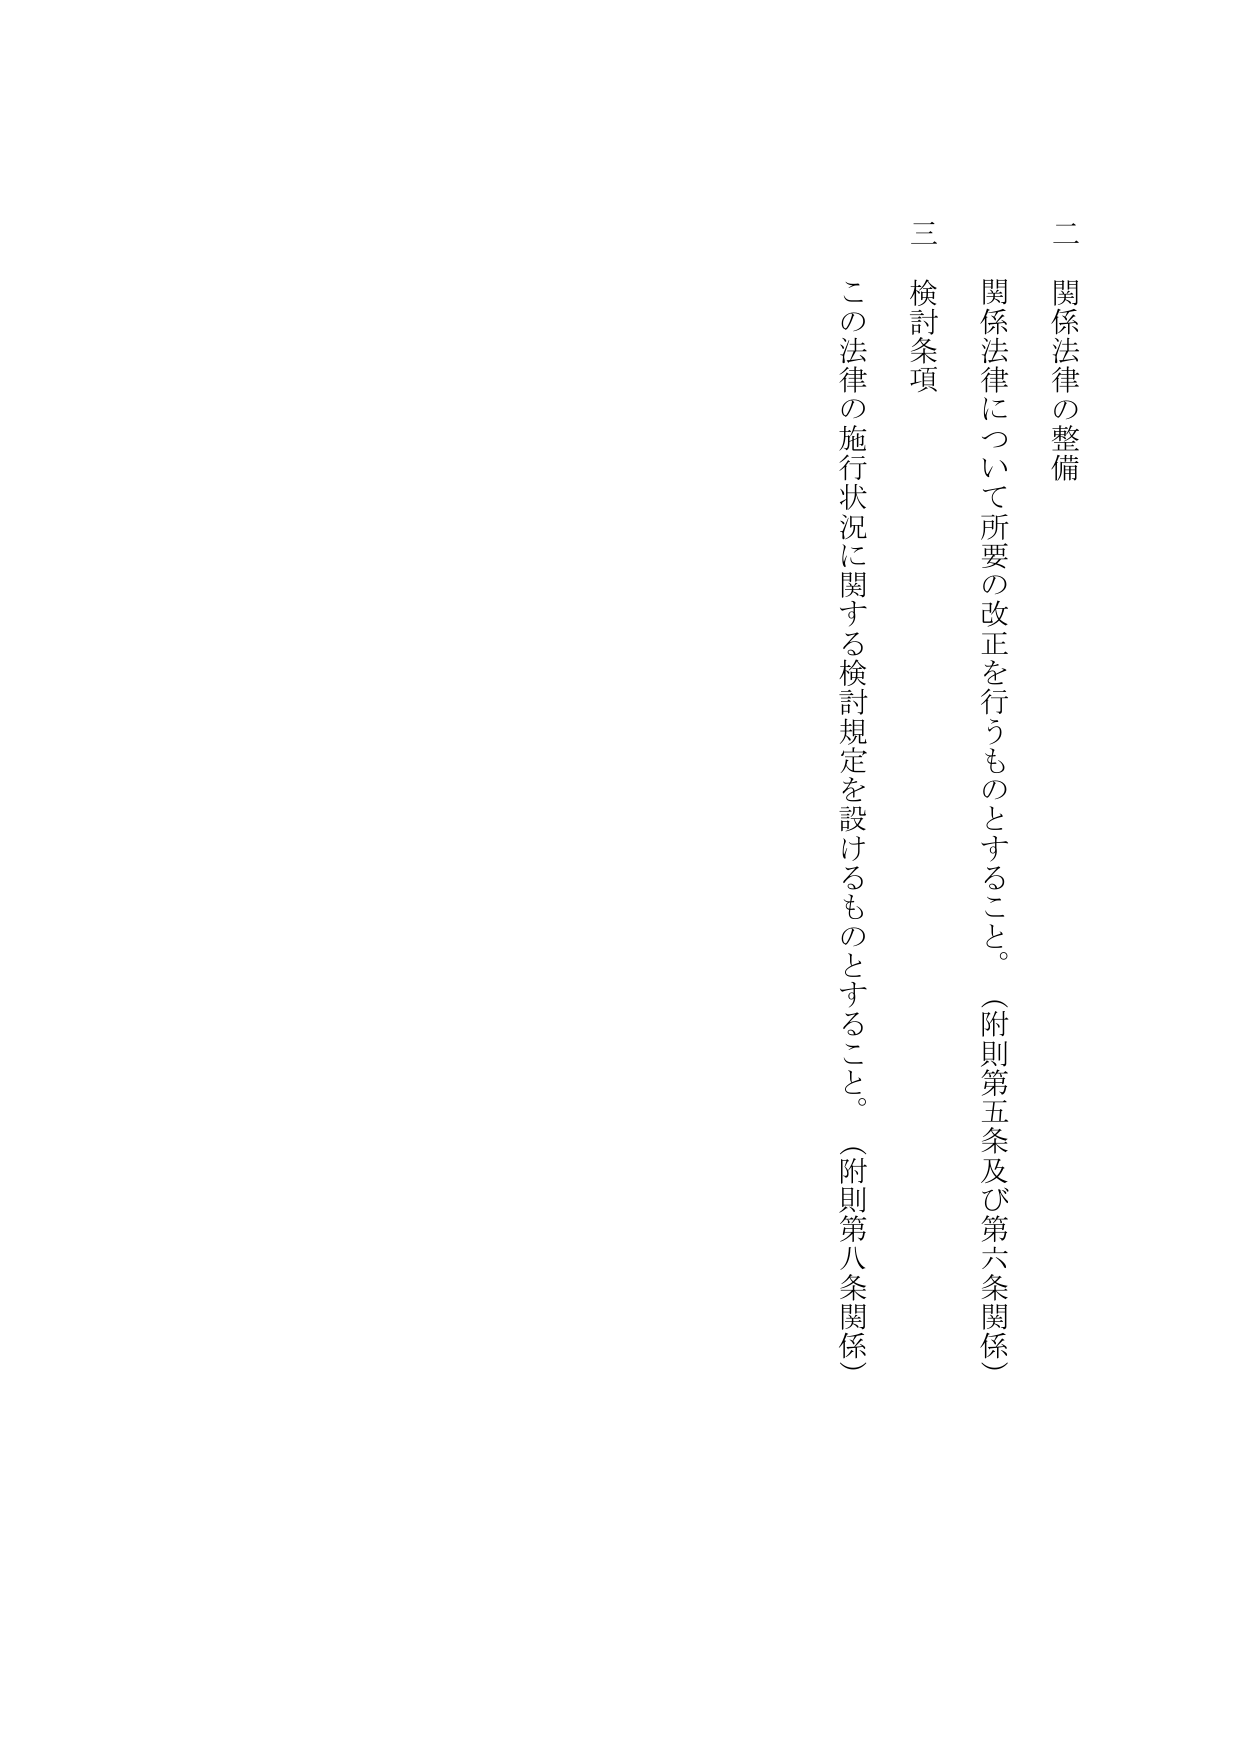
二 関係法律の整備
関係法律について所要の改正を行うものとすること。（附則第五条及び第六条関係）

三 検討条項
この法律の施行状況に関する検討規定を設けるものとすること。（附則第八条関係）